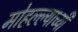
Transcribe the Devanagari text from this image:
मोहल्ल्याच्यी